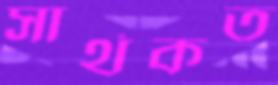
সার্থকত